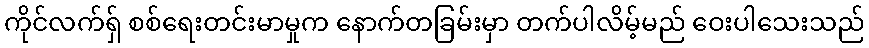
ကိုင်လက်ရှ် စစ်ရေးတင်းမာမှုက နောက်တခြမ်းမှာ တက်ပါလိမ့်မည် ဝေးပါသေးသည်